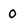
Character: 0